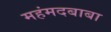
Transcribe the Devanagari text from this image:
महंमदबाबा